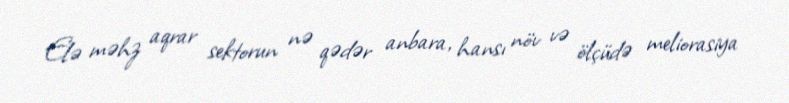
Elə məhz aqrar sektorun nə qədər anbara, hansı növ və ölçüdə meliorasiya